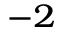
^ { - 2 }